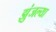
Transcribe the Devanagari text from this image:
झुंजल्या